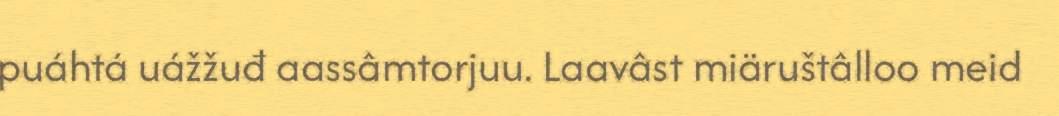
puáhtá uážžuđ aassâmtorjuu. Laavâst miäruštâlloo meid